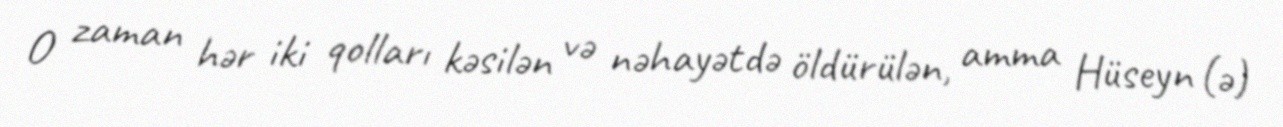
O zaman hər iki qolları kəsilən və nəhayətdə öldürülən, amma Hüseyn (ə)